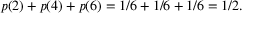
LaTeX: p ( 2 ) + p ( 4 ) + p ( 6 ) = 1 / 6 + 1 / 6 + 1 / 6 = 1 / 2 .